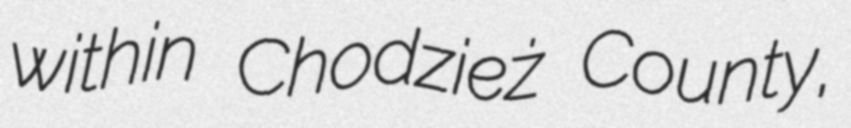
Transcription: within Chodzież County,